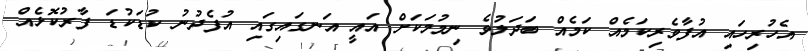
އެހުރިހައި އުފާވެރިކަމެއް ކަމެއް ބަދަލުވެ ނިމުމަކަށް އައީ އަނގައިގައި އުފެދުނު ކުޑަކުޑަ ފާރުކޮޅެއް